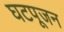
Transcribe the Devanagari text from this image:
घटपूजन